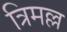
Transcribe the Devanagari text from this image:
त्रिमल्ल